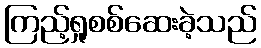
ကြည့်ရှုစစ်ဆေးခဲ့သည်